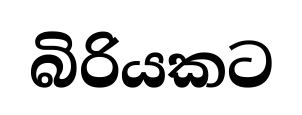
බිරියකට